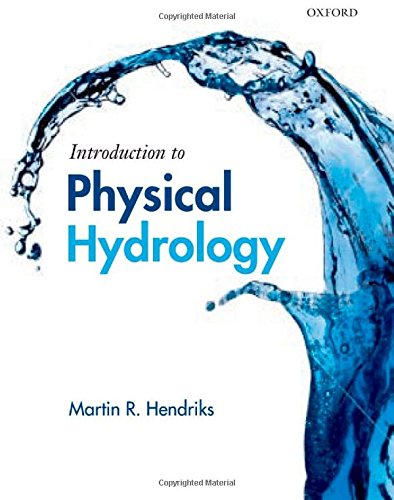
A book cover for Introduction to Physical Hydrology; Martin Hendriks; Science & Math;